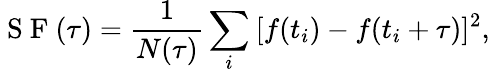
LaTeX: \mathrm{~S~F~}(\tau)=\frac{1}{N(\tau)}\sum_{i}\: [f(t_{i})-f(t_{i}+\tau)]^{2},